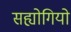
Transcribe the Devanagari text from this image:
सह्योगियो